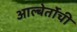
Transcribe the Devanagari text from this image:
आल्बेर्तोची